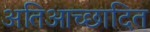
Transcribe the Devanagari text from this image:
अतिआच्छादित